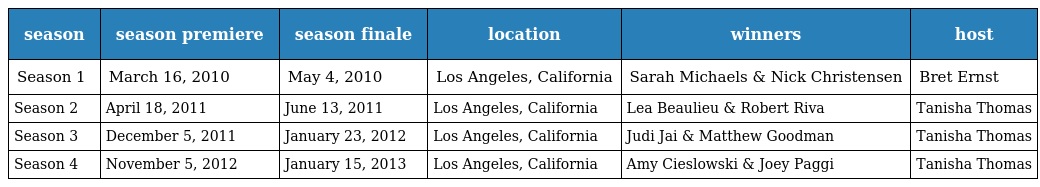
| season | season premiere | season finale | location | winners | host |
 | --- | --- | --- | --- | --- | --- |
 | Season 1 | March 16, 2010 | May 4, 2010 | Los Angeles, California | Sarah Michaels & Nick Christensen | Bret Ernst |
 | Season 2 | April 18, 2011 | June 13, 2011 | Los Angeles, California | Lea Beaulieu & Robert Riva | Tanisha Thomas |
 | Season 3 | December 5, 2011 | January 23, 2012 | Los Angeles, California | Judi Jai & Matthew Goodman | Tanisha Thomas |
 | Season 4 | November 5, 2012 | January 15, 2013 | Los Angeles, California | Amy Cieslowski & Joey Paggi | Tanisha Thomas |